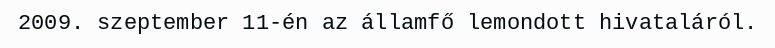
2009. szeptember 11-én az államfő lemondott hivataláról.